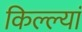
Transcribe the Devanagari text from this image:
किल्ल्यां